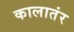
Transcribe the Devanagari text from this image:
कालातंर